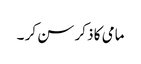
مامی کا ذکر سن کر ۔